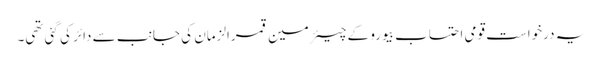
یہ درخواست قومی احتساب بیورو کے چیئرمین قمرالزمان کی جانب سے دائر کی گئی تھی۔